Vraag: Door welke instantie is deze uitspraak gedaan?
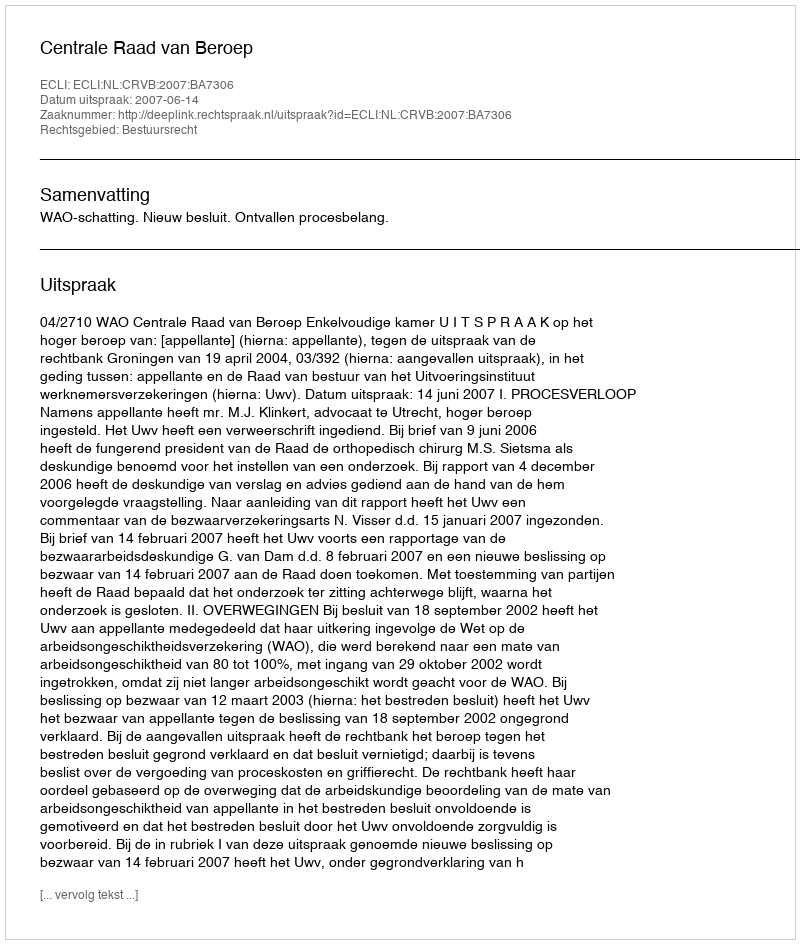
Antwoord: Centrale Raad van Beroep